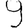
Digit: 9